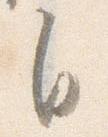
自